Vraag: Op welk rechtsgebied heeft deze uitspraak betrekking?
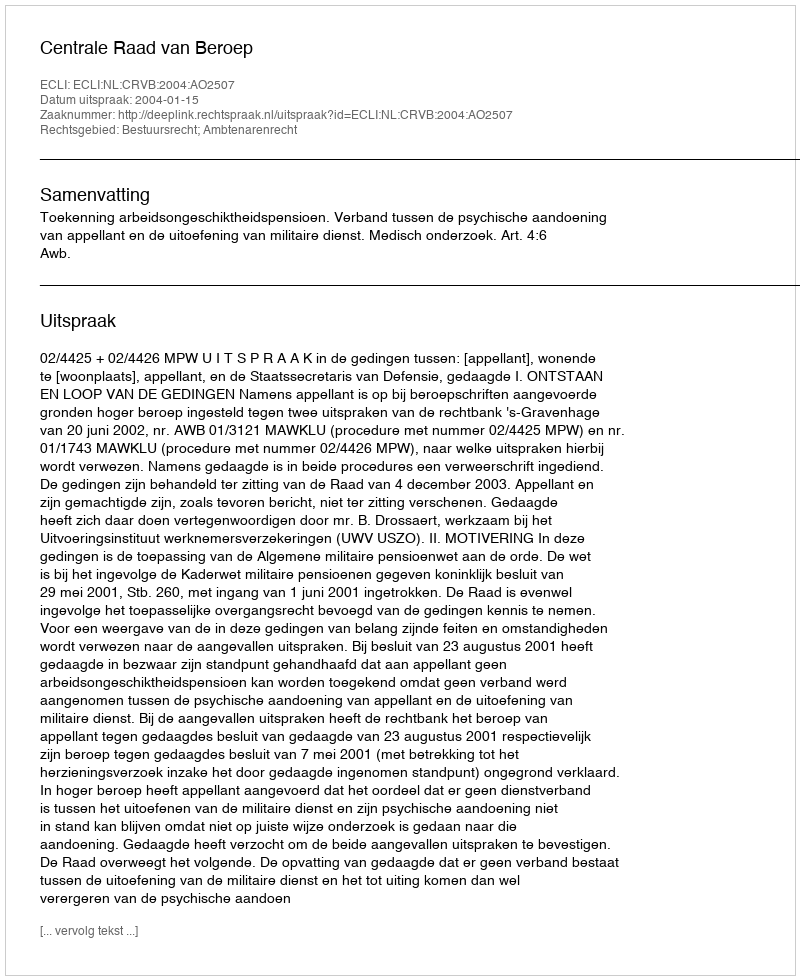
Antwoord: Bestuursrecht; Ambtenarenrecht